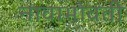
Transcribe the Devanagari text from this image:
नावाभोवती